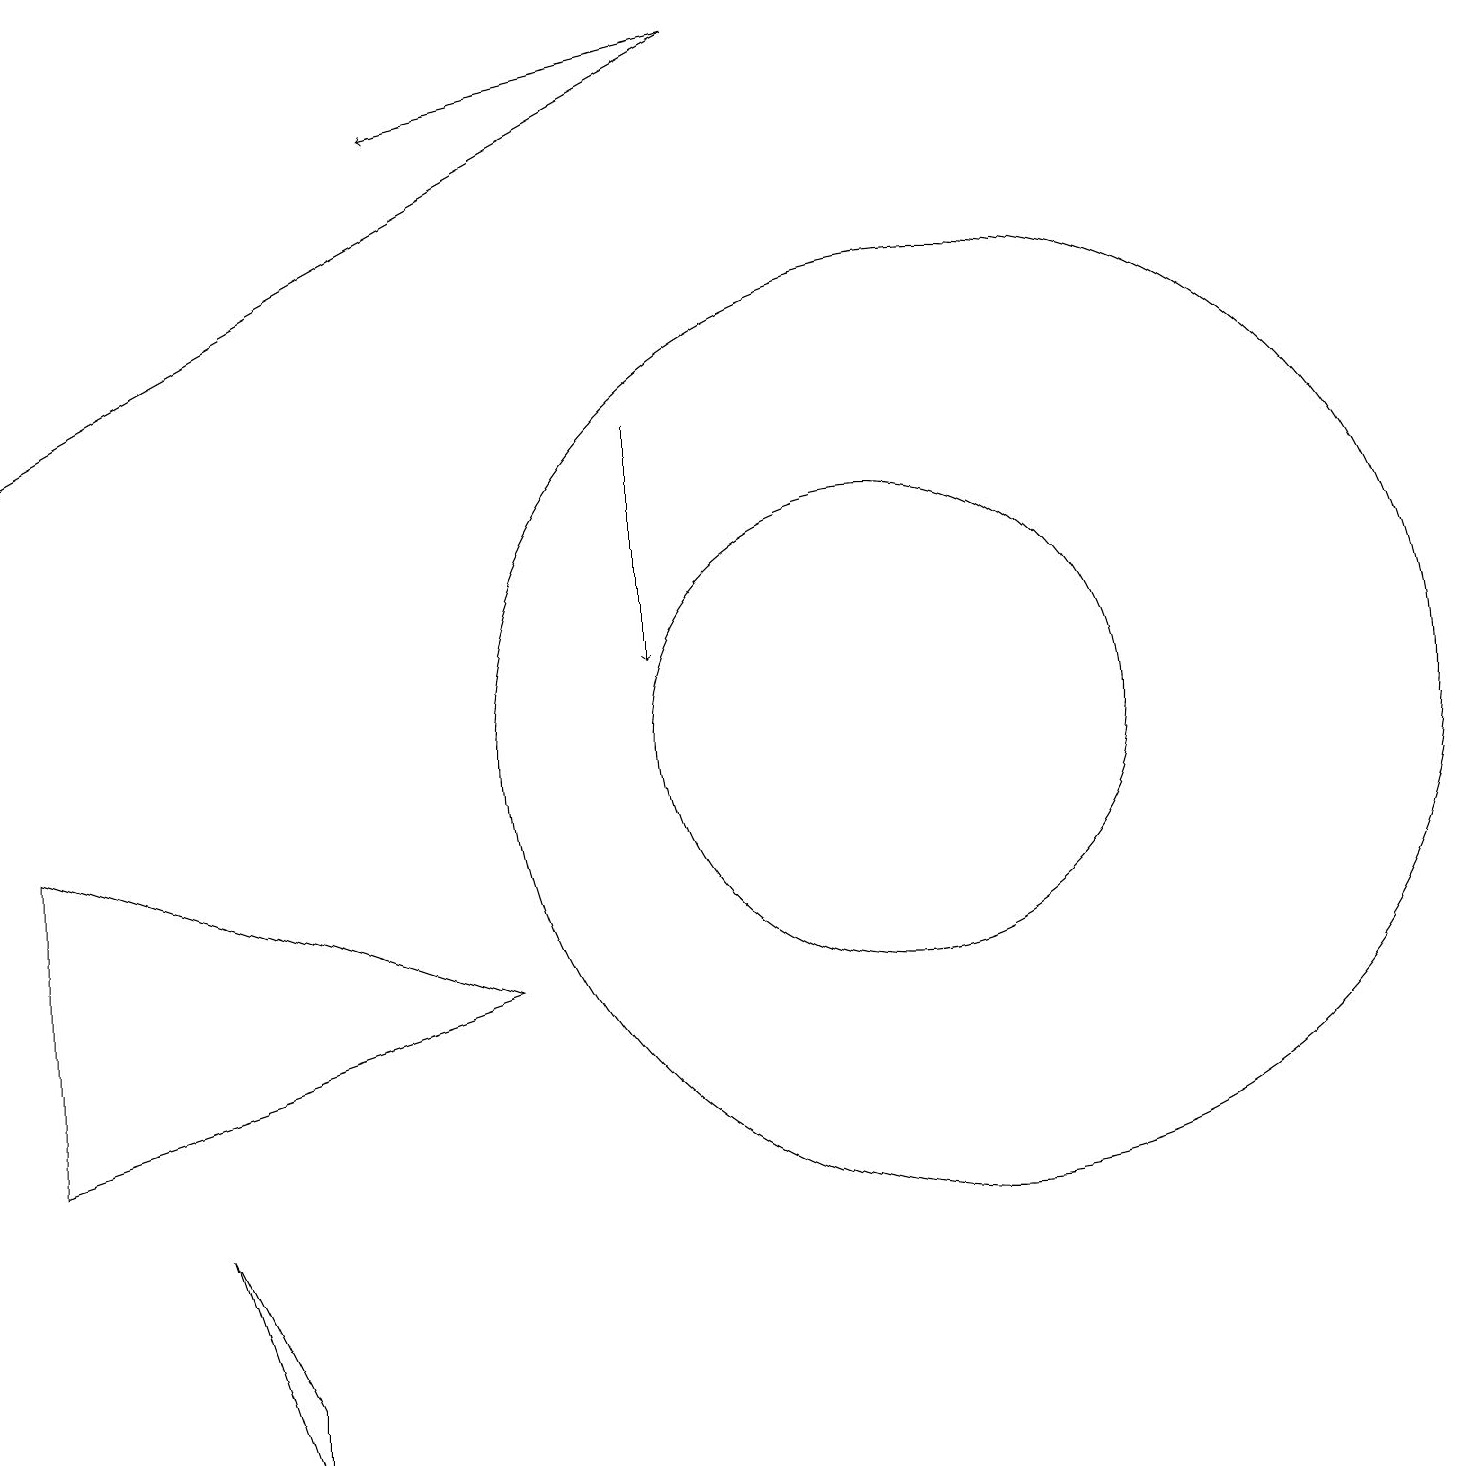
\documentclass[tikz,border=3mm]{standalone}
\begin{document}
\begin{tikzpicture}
\draw[->] (9,19) -- (0,14);
\draw (11,10) circle (3);
\draw (12,10) circle (6);
\draw[->] (9,19) -- (5,18);
\draw (0,5) -- (0,9) -- (6,7) -- cycle;
\draw (3,1) -- (2,4) -- (3,2) -- cycle;
\draw[->] (8,14) -- (8,11);
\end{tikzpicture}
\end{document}